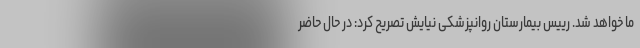
ما خواهد شد. رییس بیمارستان روانپزشکی نیایش تصریح کرد: در حال حاضر